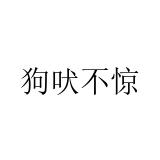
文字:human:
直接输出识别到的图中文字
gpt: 狗吠不惊